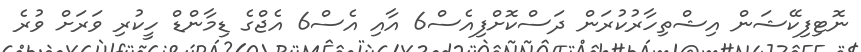
ނޮޓިފިކޭޝަން އިޝްތިހާރުކުރަން ދަސްކޮށްފިއެސް6 އާއި އެސް6 އެޖްގެ ޑިމާންޑް ހީކުރި ވަރަށް ވުރެ